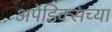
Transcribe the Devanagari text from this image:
अपेंडिक्सच्या